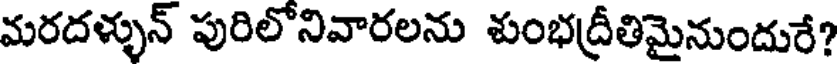
మరదళ్ళున్ పురిలోనివారలను శుంభద్రీతిమైనుందురే?